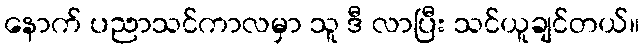
နောက် ပညာသင်ကာလမှာ သူ ဒီ လာပြီး သင်ယူချင်တယ်။